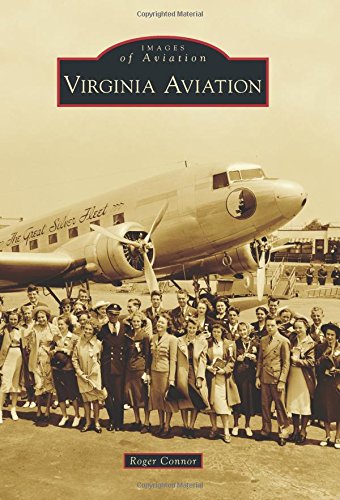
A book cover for Virginia Aviation (Images of Aviation); Roger Connor; Arts & Photography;